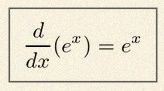
\frac{d}{dx}(e^x)=e^x